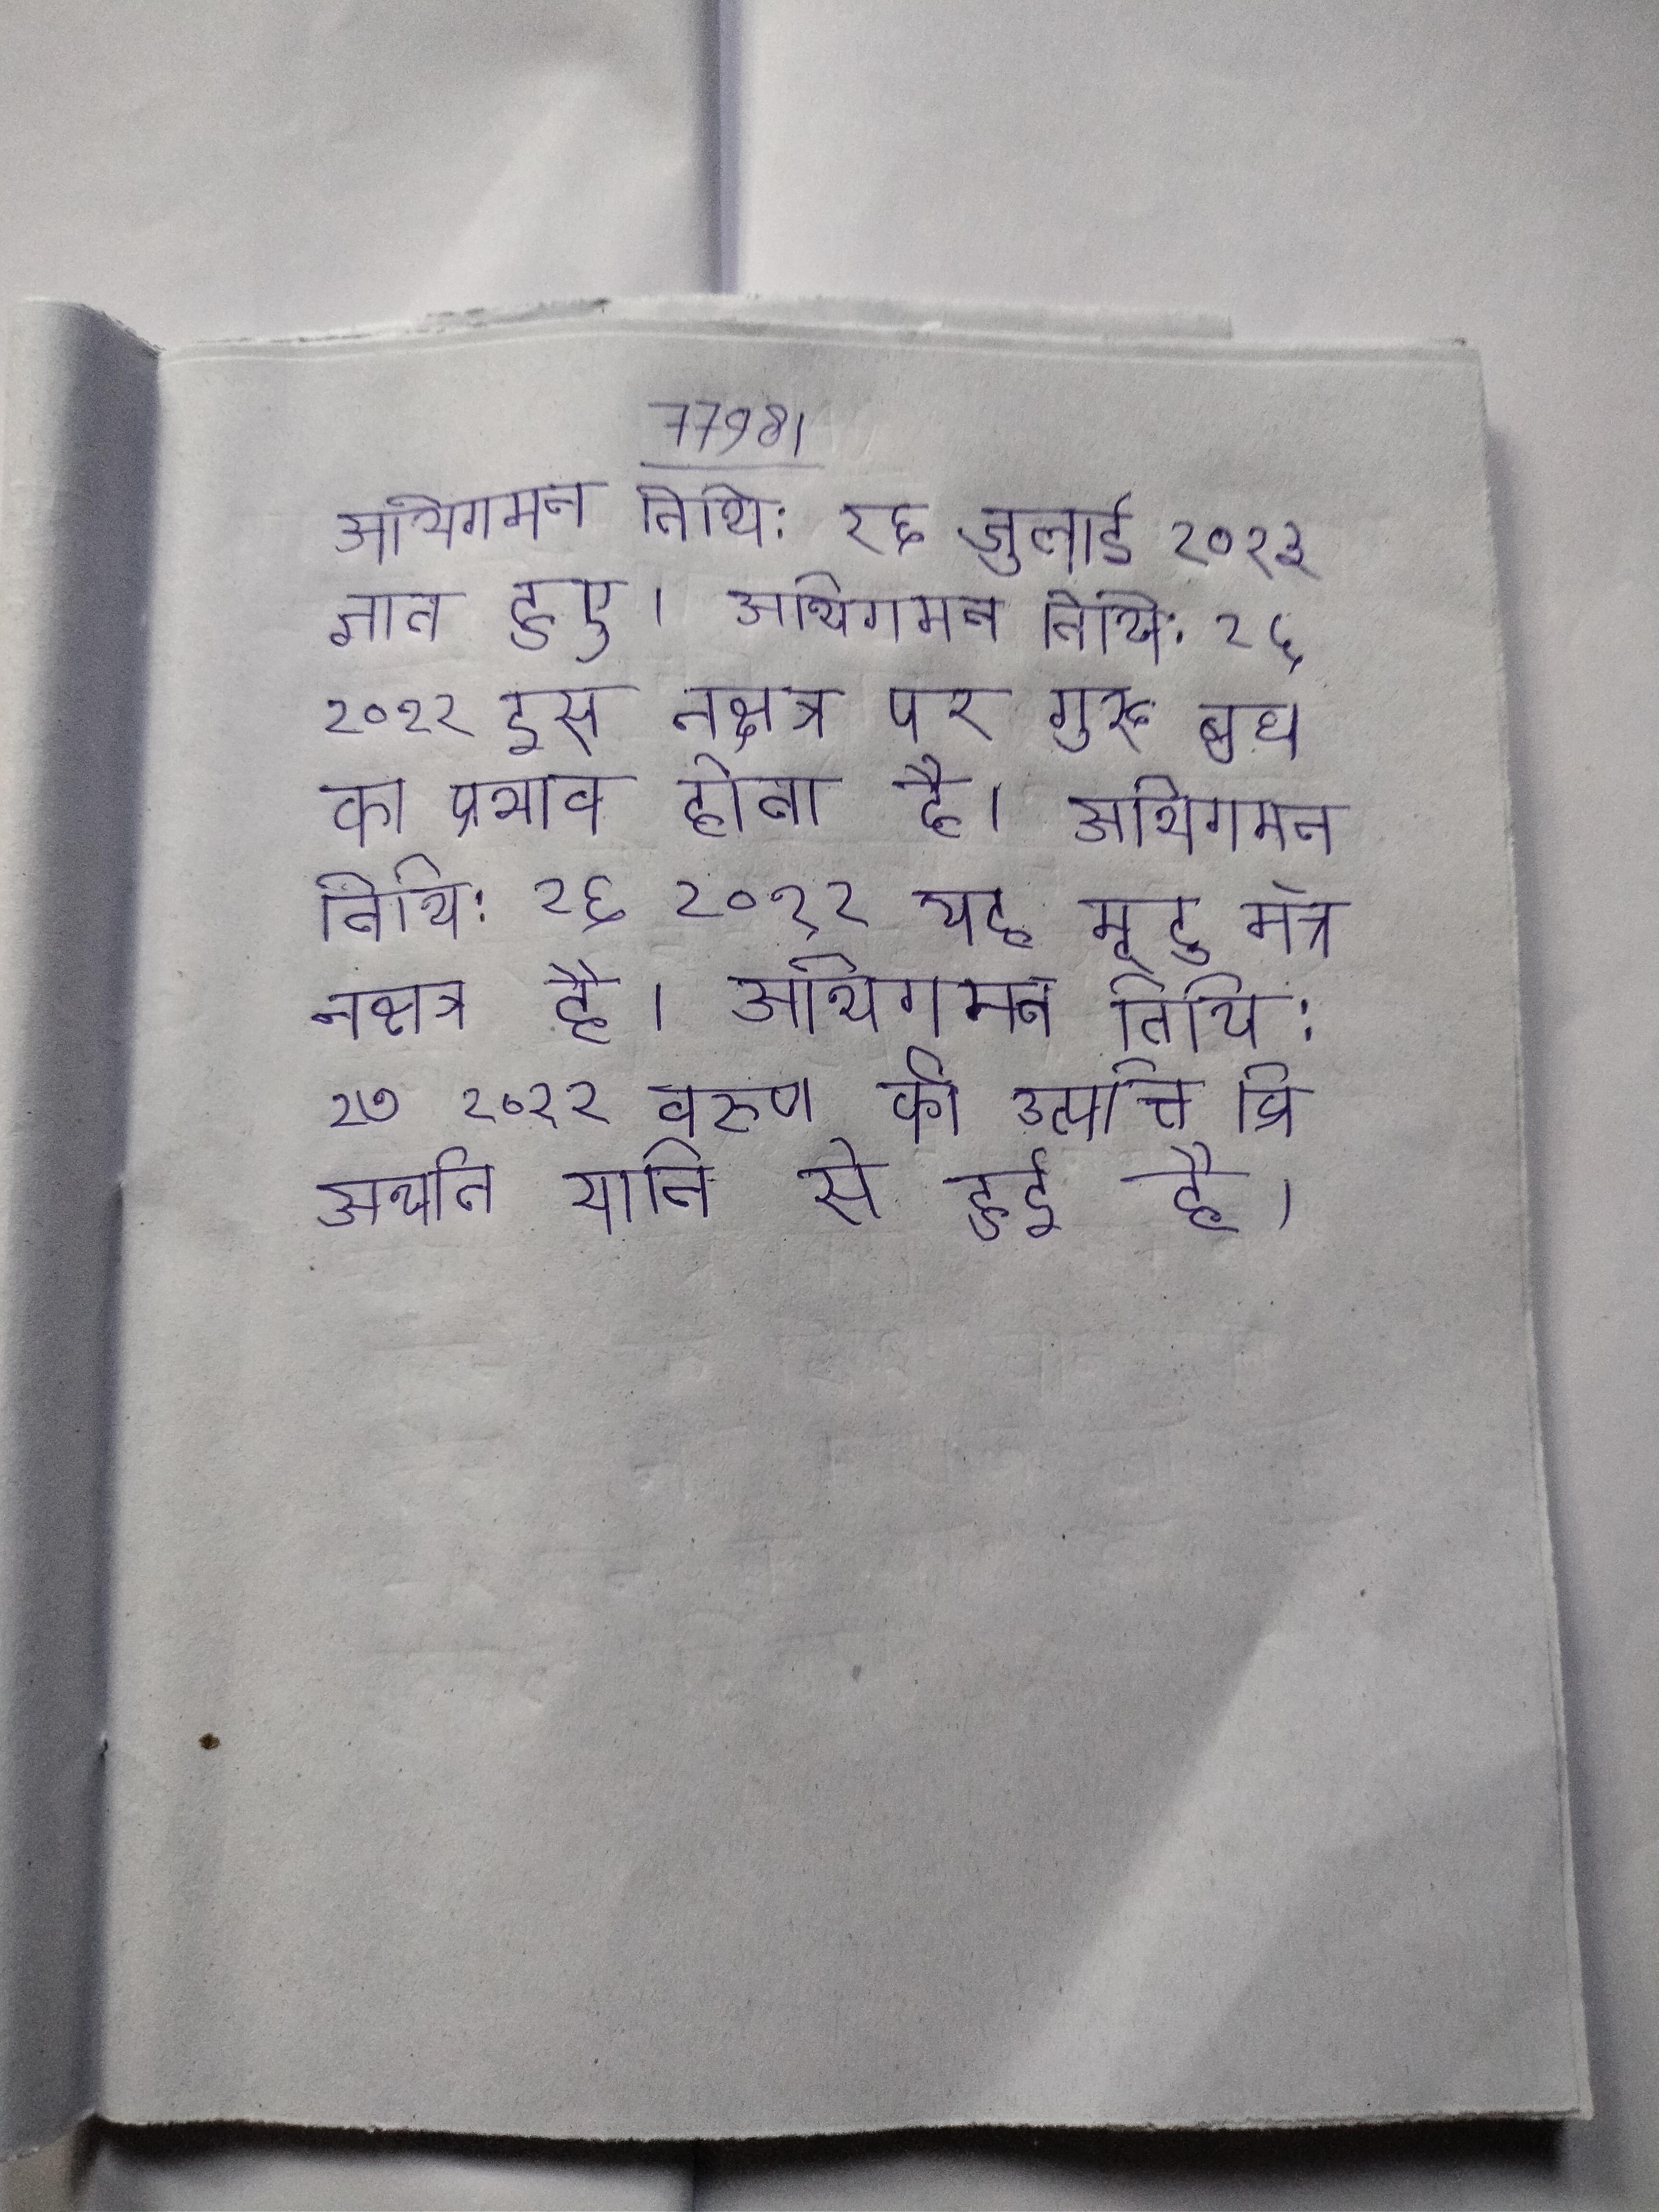
अभिगमन तिथि: २६ जुलाई २०१३ ज्ञात हुए । अभिगमन तिथि: २६ २०१२ इस नक्षत्र पर गुरू बुध का प्रभाव होता है । अभिगमन तिथि: २६ २०१२ यह मृदु मॅत्र नक्षत्र है । अभिगमन तिथि: २७ २०१२ वरुण की उत्पत्ति व्रि अर्थात यानि से हुई है ।